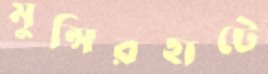
মুন্সিরহাটে